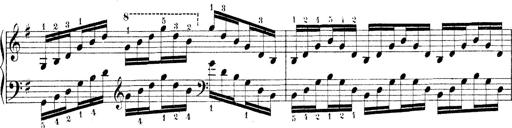
Title: Technische Studien
Composer: Franz Liszt